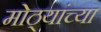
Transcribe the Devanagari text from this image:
मोठ्यांच्या